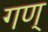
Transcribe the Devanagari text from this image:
गण्